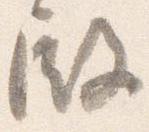
殿